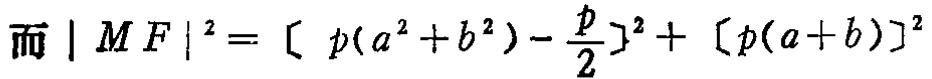
而 \(|MF|^{2}=[p(a^{2}+b^{2}) - \frac{p}{2}]^{2}+[p(a + b)]^{2}\)